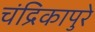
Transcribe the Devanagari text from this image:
चंद्रिकापुरे